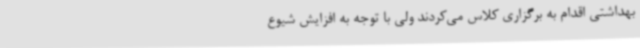
بهداشتی اقدام به برگزاری کلاس می‌کردند ولی با توجه به افزایش شیوع